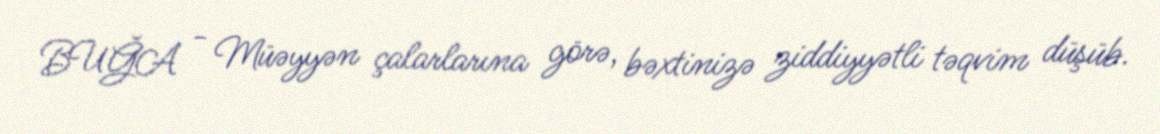
BUĞA - Müəyyən çalarlarına görə, bəxtinizə ziddiyyətli təqvim düşüb.